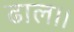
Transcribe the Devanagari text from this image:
ढाल।।